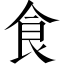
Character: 食